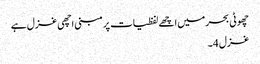
چھوٹی بحر میں اچھے لفظیات پر مبنی اچھی غزل ہے
غزل 4۔